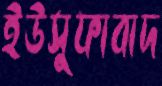
ইউসুফাবাদ